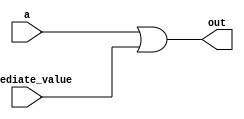
module ori(a,immediate_value,out);
input [31:0]a,immediate_value;
output reg [31:0] out;
always @*
out=a|immediate_value;
endmodule